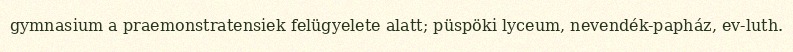
gymnasium a praemonstratensiek felügyelete alatt; püspöki lyceum, nevendék-papház, ev-luth.